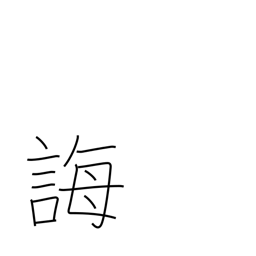
Meaning: instruct